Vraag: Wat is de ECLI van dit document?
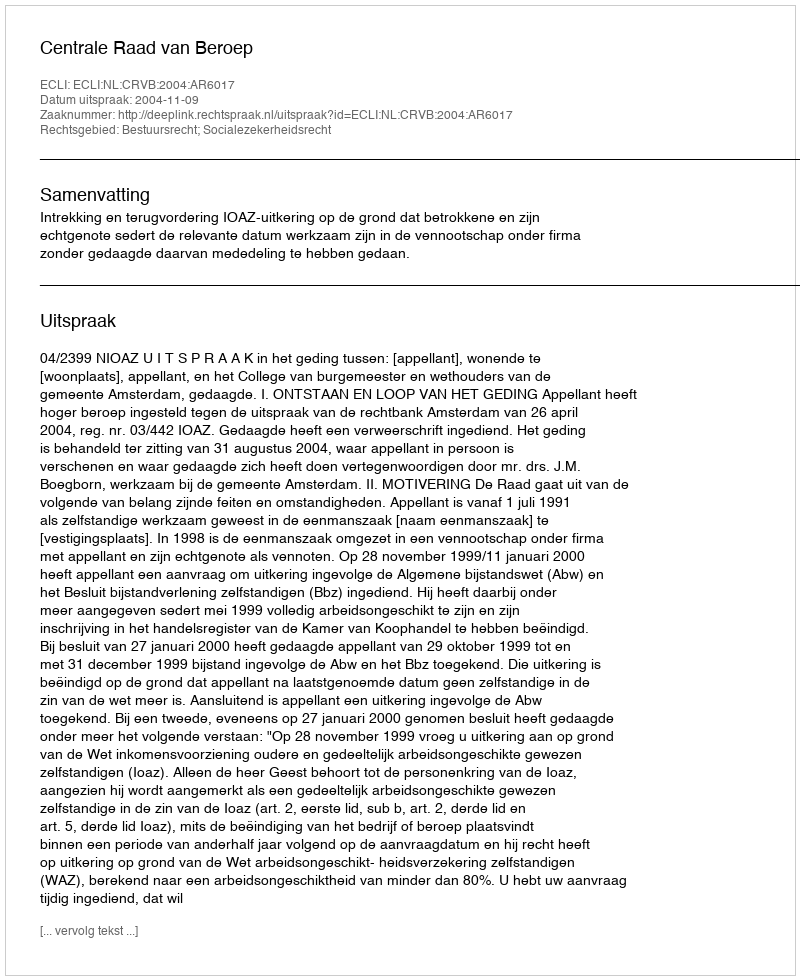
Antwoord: ECLI:NL:CRVB:2004:AR6017